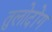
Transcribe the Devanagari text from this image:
तुलोदोंग